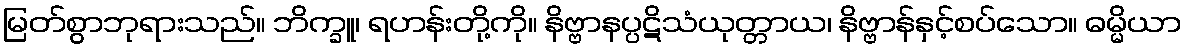
မြတ်စွာဘုရားသည်။ ဘိက္ခူ၊ ရဟန်းတို့ကို။ နိဗ္ဗာနပ္ပဋိသံယုတ္တာယ၊ နိဗ္ဗာန်နှင့်စပ်သော။ ဓမ္မိယာ